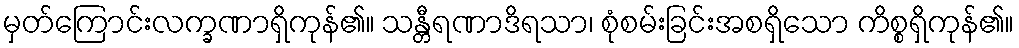
မှတ်ကြောင်းလက္ခဏာရှိကုန်၏။ သန္တီရဏာဒိရသာ၊ စုံစမ်းခြင်းအစရှိသော ကိစ္စရှိကုန်၏။